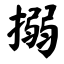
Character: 搦